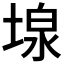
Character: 𡎏